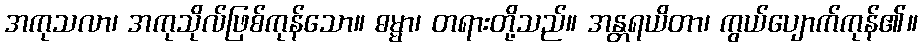
အကုသလာ၊ အကုသိုလ်ဖြစ်ကုန်သော။ ဓမ္မာ၊ တရားတို့သည်။ အန္တရယိတာ၊ ကွယ်ပျောက်ကုန်၏။